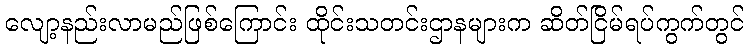
လျော့နည်းလာမည်ဖြစ်ကြောင်း ထိုင်းသတင်းဌာနများက ဆိတ်ငြိမ်ရပ်ကွက်တွင်